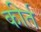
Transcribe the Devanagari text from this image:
कीर्त